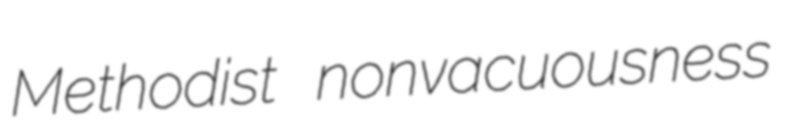
Methodist nonvacuousness